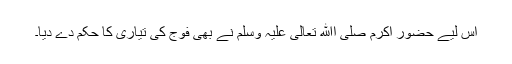
اس لیے حضور اکرم صلی اﷲ تعالیٰ علیہ وسلم نے بھی فوج کی تیاری کا حکم دے دیا۔